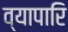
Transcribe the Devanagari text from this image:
व्यापारि